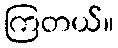
ကြတယ်။